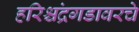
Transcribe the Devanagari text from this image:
हरिश्चंद्रगडावरचे